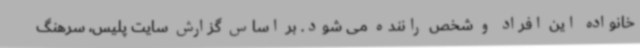
خانواده این افراد و شخص راننده می شود. بر اساس گزارش سایت پلیس، سرهنگ